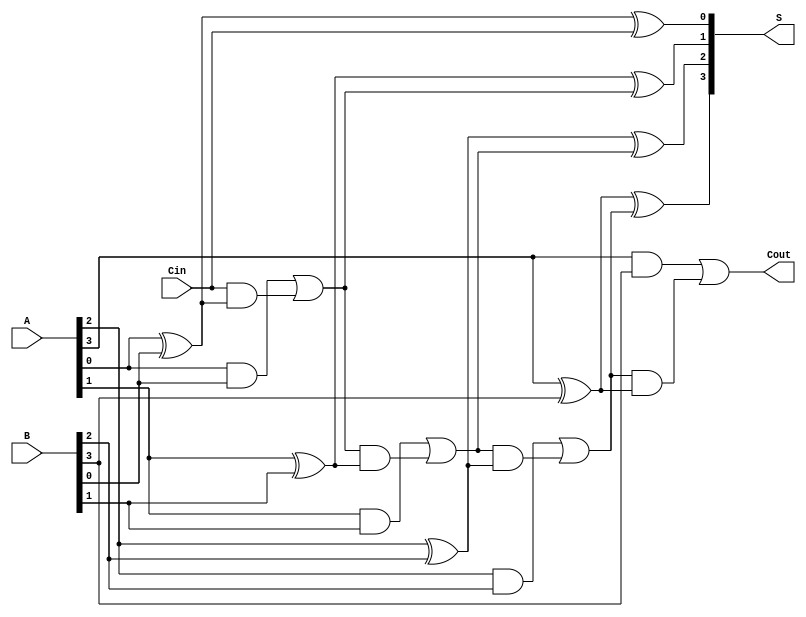
module HanCarlsonAdder #(parameter N = 4) (
    input  wire [N-1:0] A,     // First n-bit input
    input  wire [N-1:0] B,     // Second n-bit input
    input  wire Cin,            // Carry input
    output wire [N-1:0] S,      // n-bit sum output
    output wire Cout            // Carry output
);

    wire [N:0] C; // Carry outputs, C[0] = Cin, C[N] = Cout

    // Generate carry outputs
    assign C[0] = Cin;

    genvar i;
    generate
        for (i = 0; i < N; i = i + 1) begin : adder
            wire Ai = A[i];
            wire Bi = B[i];
            wire Ci = C[i];

            // Sum output
            assign S[i] = Ai ^ Bi ^ Ci;

            // Carry output
            assign C[i + 1] = (Ai & Bi) | (Ci & (Ai ^ Bi));
        end
    endgenerate

    // Final carry output
    assign Cout = C[N];

endmodule